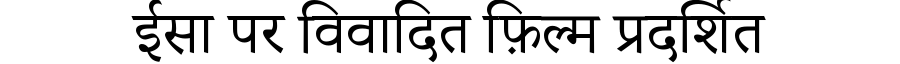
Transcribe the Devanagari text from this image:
ईसा पर विवादित फ़िल्म प्रदर्शित